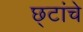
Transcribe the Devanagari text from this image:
छ्टांचे